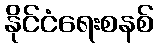
နိုင်ငံရေးစနစ်